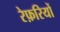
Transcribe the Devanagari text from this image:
रेफ़रियों